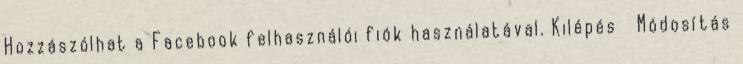
Hozzászólhat a Facebook felhasználói fiók használatával. Kilépés Módosítás